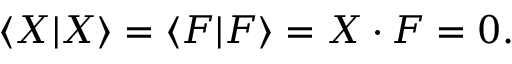
\langle X | X \rangle = \langle F | F \rangle = X \cdot F = 0 .